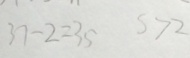
3 7 - 2 = 3 5 s > 2